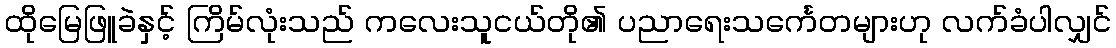
ထိုမြေဖြူခဲနှင့် ကြိမ်လုံးသည် ကလေးသူငယ်တို၏ ပညာရေးသင်္ကေတများဟု လက်ခံပါလျှင်